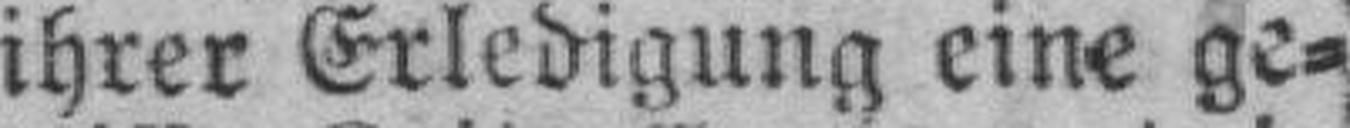
ihrer Erledigung eine ge¬